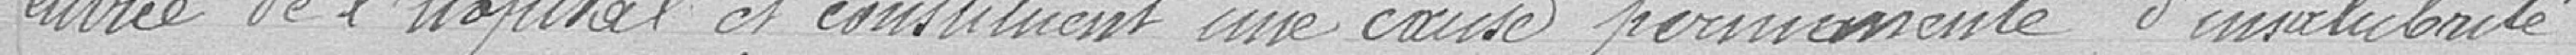
entrée de l'hôpital et constituent une cause permanente d'insalubrité.